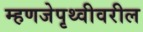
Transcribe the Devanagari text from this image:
म्हणजेपृथ्वीवरील